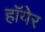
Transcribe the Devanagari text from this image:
हॉयेर